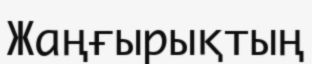
Жаңғырықтың